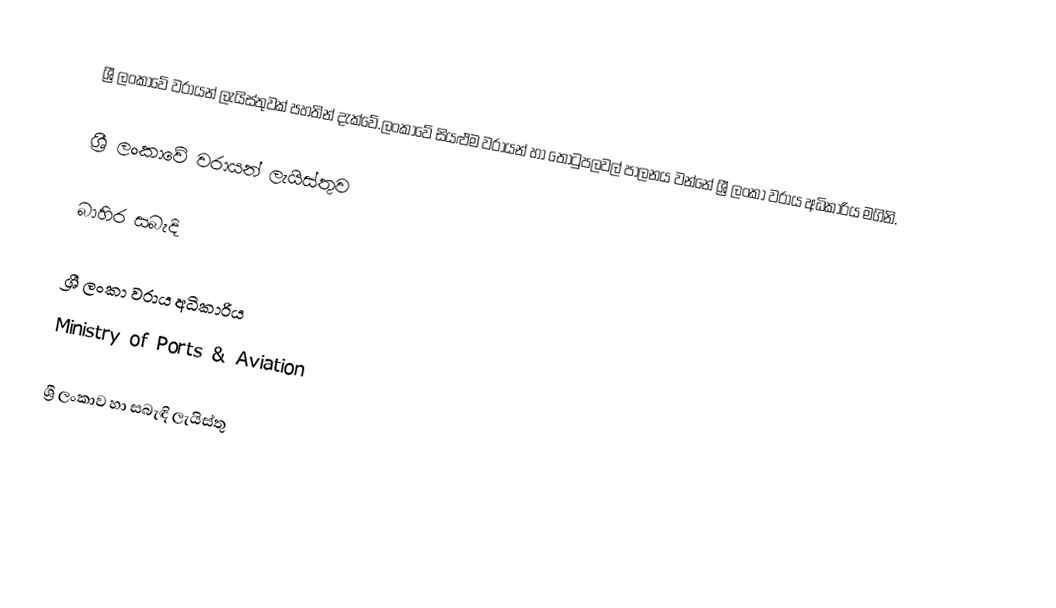
ශ්‍රී ලංකාවේ වරායන් ලැයිස්තුවක් පහතින් දැක්වේ.ලංකාවේ සියළුම වරායන් හා තොටුපලවල් පාලනය වන්නේ  ශ්‍රී ලංකා වරාය අධිකාරිය මගිනි.

ශ්‍රී ලංකාවේ වරායන් ලැයිස්තුව

බාහිර සබැදි

 ශ්‍රී ලංකා වරාය අධිකාරිය
 Ministry of Ports & Aviation

ශ්‍රී ලංකාව හා සබැඳි ලැයිස්තු